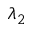
\lambda _ { 2 }